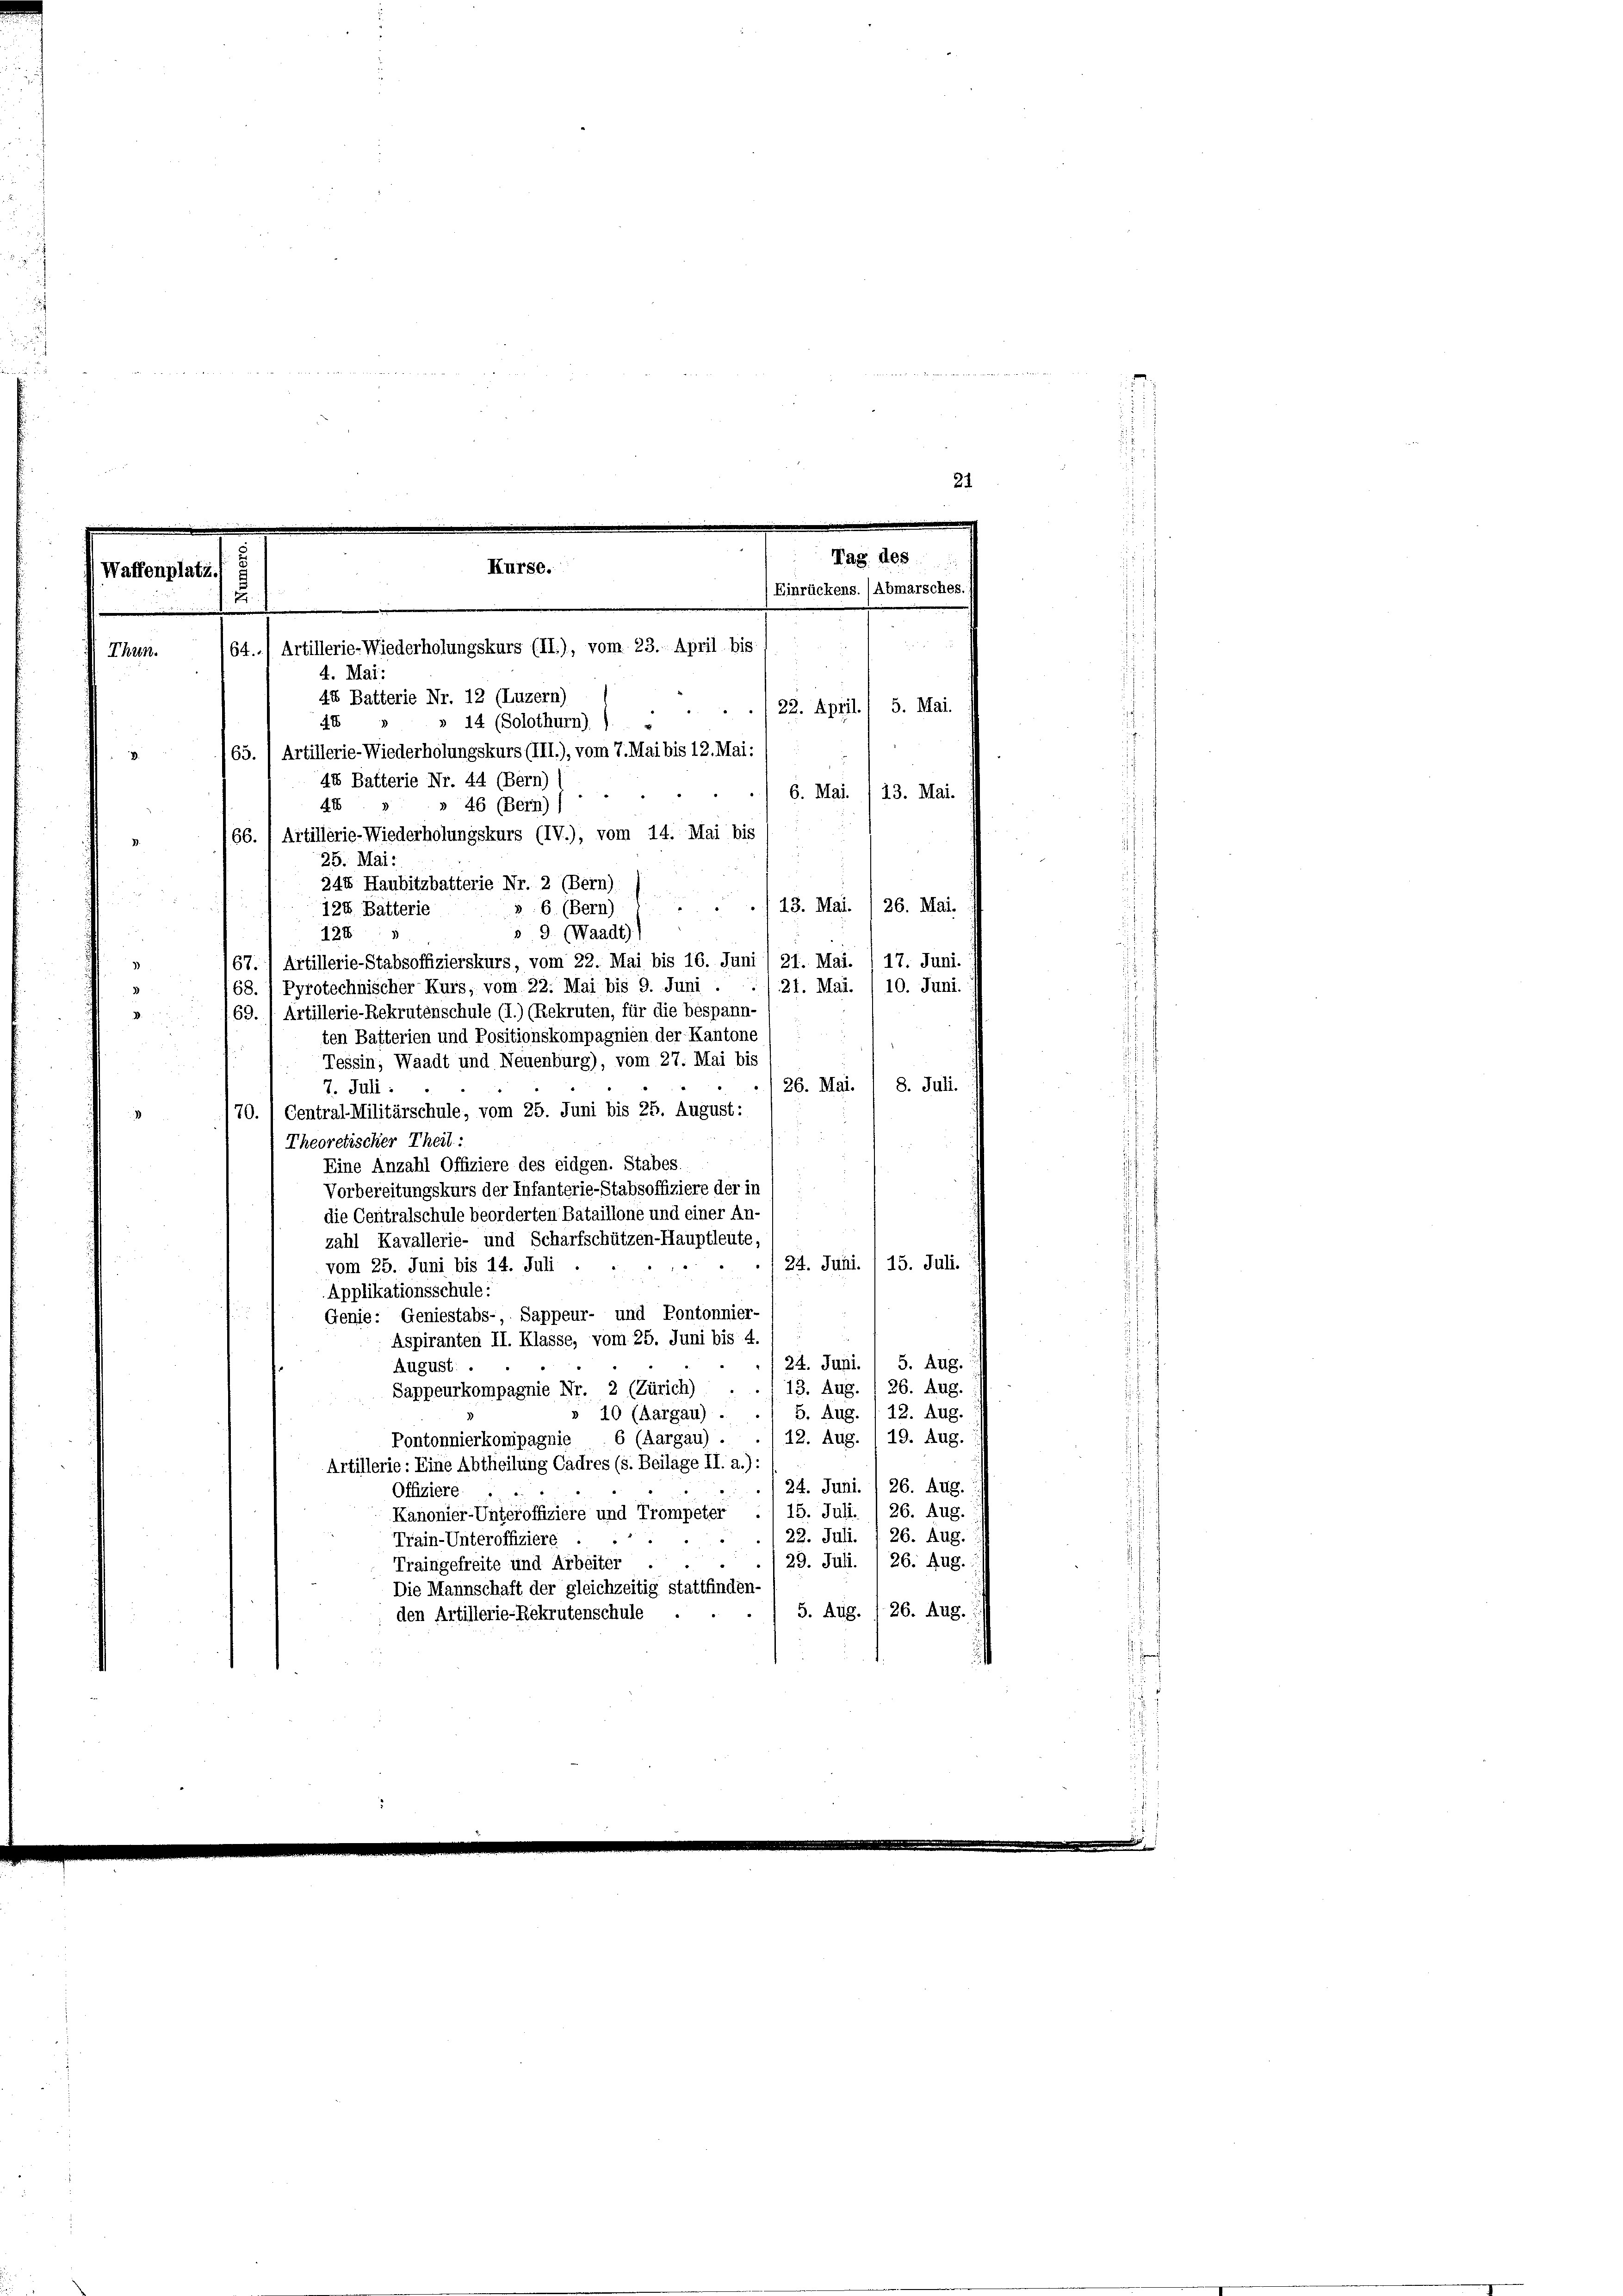
Waff

enplatz.
7.

F

Tag des
Kurse.
Einrückens. (Abmarsches

64.) Artillerie-Wiederholungskurs (II.), vom 23. April bis

21.

Thun.
4. Mai:
44 Batterie Nr. 12 (Luzern)
22. April. 1 5. Mai.
» 14 (Solothurn), 1.
48
65.) Artillerie-Wiederholungskurs (III.), vom 7. Mai bis 12. Mai:
.
44 Batterie Nr. 44 (Bern)
6. Mai. /13. Mai.
» 46 (Bern) (
4. 6
166. / Artillerie-Wiederholungskurs (IV.), vom 14. Mai bis
25. Mai:
244 Haubitzbatterie Nr. 2 (Bern).
13. Mai. /26. Mai.

86. (Bern)
124 Batterie
s 9. (Waadt)
124
17. Juni.
67. 1 Artillerie-Stabsoffizierskurs, vom 22. Mai bis 16. Juni / 21. Mai.
10. Juni.
Pyrotechnischer Kurs, vom 22. Mai bis 9. Juni .
21. Mai.
68.
69. (Artillerie-Rekrutenschule (I.) (Rekruten, für die bespann-

ten Basterien und Positionskompagnien der Kantone
Tessin, Waadt und Neuenburg), vom 27. Mai bis
26. Mai. / 8. Juli.
7. Juli:
70. / Central-Militärschule, vom 25. Juni bis 25. August:
Theoretischer Theil:
Eine Anzahl Offiziere des eidgen. Stabes.
Vorbereitungskurs der Infanterie-Stabsoffiziere der in
die Centralschule beorderten Bataillone und einer An-
zahl Kavallerie- und Scharfschützen-Hauptleute,
24. Juni. , 15. Juli.
vom 25. Juni bis 14. Juli
Applikationsschule:
Genie: Geniestabs- Sappeur- und Pontonnier-
Aspiranten II. Klasse, vom 25. Juni bis 4. 1
/ 24. Juni. 1 5. Aug.
August.
Sappeurkompagnie Nr. 2 (Zürich) . ./ 13. Aug. I 36. Aug.
12. Aug.
10 (Aargau) . . 1 5. Aug.
12. Aug. 19. Aug.
Pontonnierkompagnie . 6 (Aargau) .
Artillerie: Eine Abtheilung Cadres (s. Beilage II. a.):
124. Juni.  26. Aug.
Offiziere
Kanonier-Unteroffiziere und Trompeter ./ 15. Juli. / 26. Aug.
22. Juli. I 26. Aug.
Train-Unteroffiziere
29. Juli. / 26. Aug.
Traingefreite und Arbeiter
Die Mannschaft der gleichzeitig stattfinden-
5. Aug. 126. Aug.
den Artillerie-Rekrutenschule